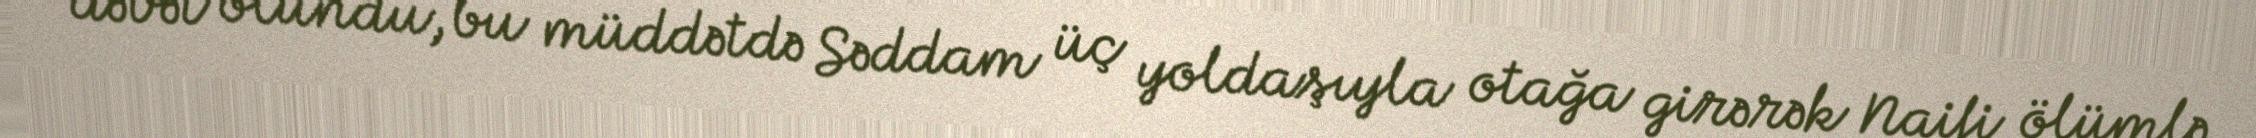
dəvət olundu, bu müddətdə Səddam üç yoldaşıyla otağa girərək Naifi ölümlə